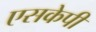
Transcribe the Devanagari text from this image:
एसकेपी